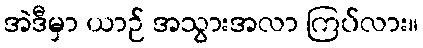
အဲဒီမှာ ယာဉ် အသွားအလာ ကြပ်လား။